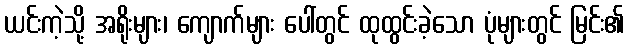
ယင်းကဲ့သို့ အရိုးများ၊ ကျောက်များ ပေါ်တွင် ထုထွင်းခဲ့သော ပုံများတွင် မြင်း၏